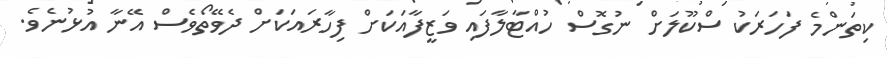
ކިތަންމެ ފަހަރަކު ސްކޫލަށް ނުގޮސް ހުއްޓާލާފައި ވަޒީފާއަކަށް ފިހާރައަކަށް ދެވޭތޯވެސް އޭނާ އުޅުނެވެ.